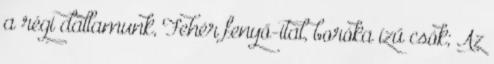
a régi dallamunk, Fehér fenyő-ital, boróka ízű csók; Az